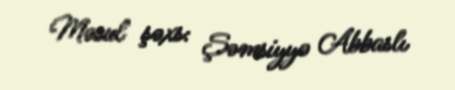
Məsul şəxs: Şəmsiyyə Abbaslı